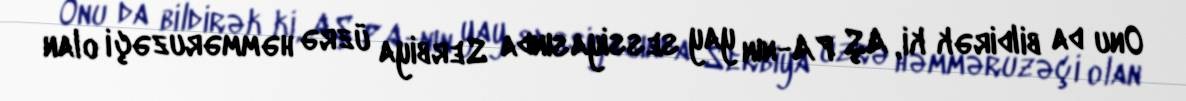
Onu da bildirək ki, AŞ PA-nın yay sessiyasında Serbiya üzrə həmməruzəçi olan